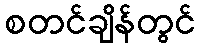
စတင်ချိန်တွင်